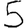
Digit: 5